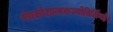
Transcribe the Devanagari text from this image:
पंचक्रोशात्मकज्योतिर्लिगहै।